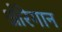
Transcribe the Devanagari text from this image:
ओरेगान